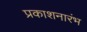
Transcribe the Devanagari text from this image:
प्रकाशनारंभ